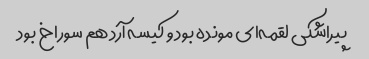
پیراشکی لقمه‌ای مونده بود و کیسه آرد هم سوراخ بود